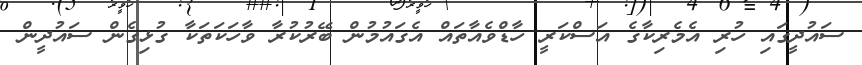
ސައުދީގައި ހުރި އެމެރިކާގެ އަސްކަރީ ހާޑްވެއާތައް އެގައުމުން ބޭރުކުރާ ވާހަކަތަކާ ގުޅިގެން ސައުދީން